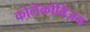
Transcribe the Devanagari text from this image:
कोलेकोविज़न